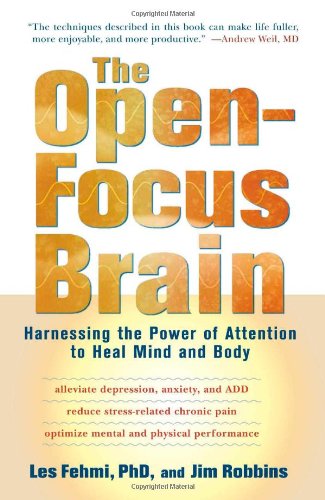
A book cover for The Open-Focus Brain: Harnessing the Power of Attention to Heal Mind and Body; Les Fehmi; Medical Books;